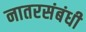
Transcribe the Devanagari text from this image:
नातरसंबंधी